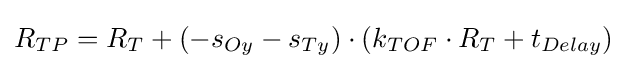
R_{TP}=R_{T}+\left(-s_{Oy}-s_{Ty}\right)\cdot \left(k_{TOF}\cdot R_{T}+t_{Delay}\right)\,\!